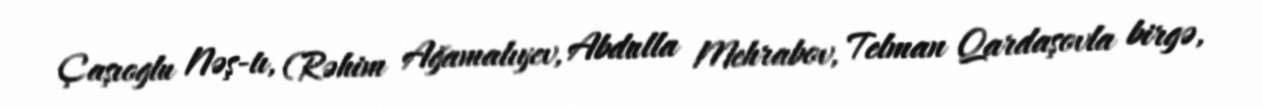
Çaşıoglu Nəş-tı, (Rəhim Ağamalıyev, Abdulla Mehrabov, Telman Qardaşovla birgə,